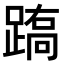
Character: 𨃧